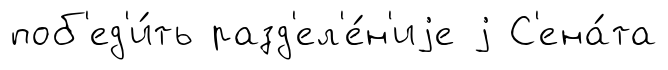
поб'ед'и́ть разд'ел'е́н'иjе j С'ена́та